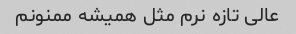
عالی تازه نرم مثل همیشه ممنونم